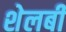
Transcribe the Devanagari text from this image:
शेलबी